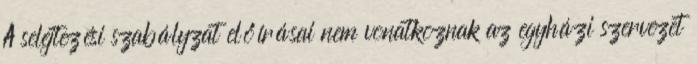
A selejtezési szabályzat előírásai nem vonatkoznak az egyházi szervezet